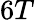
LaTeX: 6T